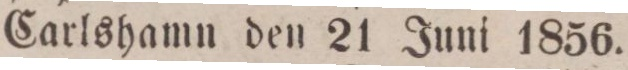
Carlshamn den 21 Juni 1856.